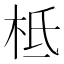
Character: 柢